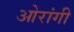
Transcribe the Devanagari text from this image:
ओरांगी